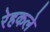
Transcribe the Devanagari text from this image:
रेहकले